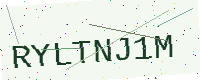
Text: RYLTNJ1M